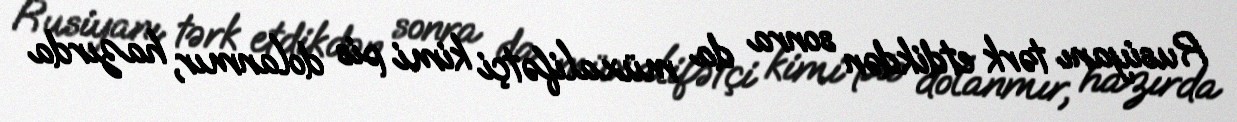
Rusiyanı tərk etdikdən sonra da müxalifətçi kimi pis dolanmır, hazırda